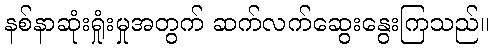
နစ်နာဆုံးရှုံးမှုအတွက် ဆက်လက်ဆွေးနွေးကြသည်။